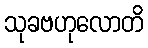
သုခဗဟုလောတိ